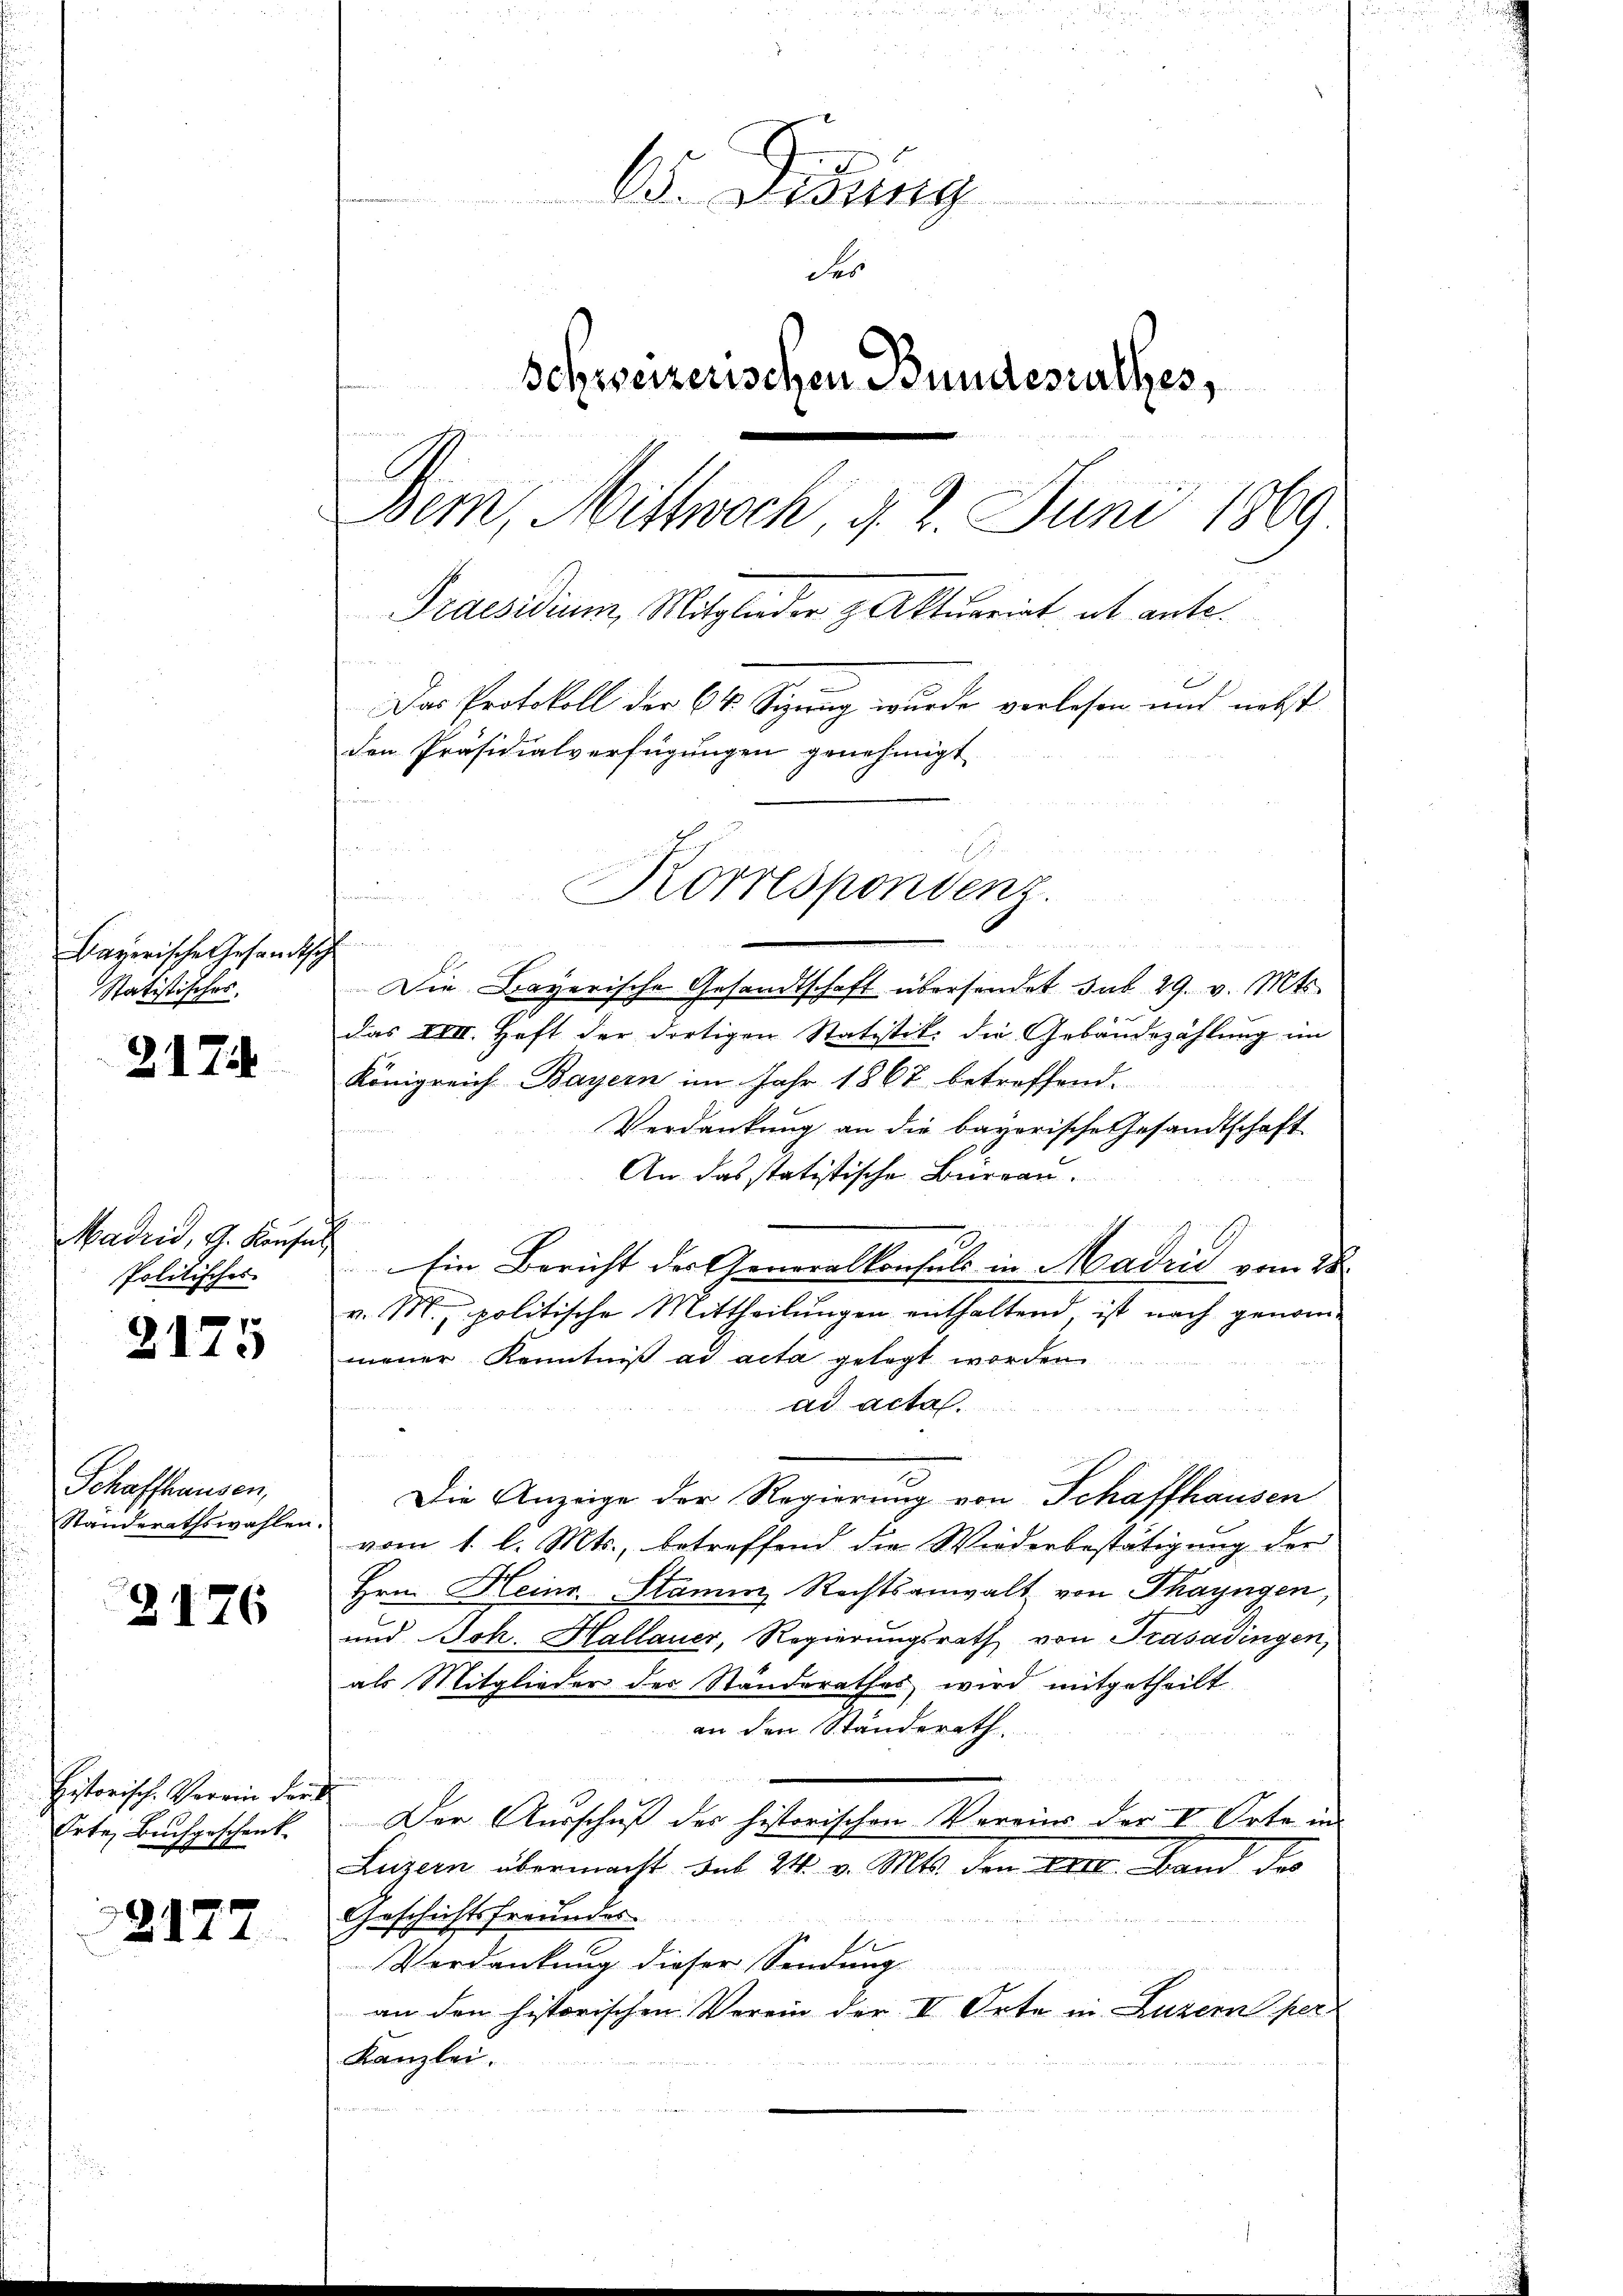
Bayerische Gesandtsch
Statistisches.

2.

7

Madrid, G. Kaufes
Politisches

2175

Schaffhausen,
Standerathswahlen.

2176

Pistorische Verrin der d
Orte Buchgeschenk

2177

65. Didung
, ge
der
Schweizerischen Bundesrathes,
Bem, Mittwoch, d. 2. Juni 1869
Praesidium, Mitglieder z Aktuariat ab ante.
Das Protokoll der 64 Sizung wurde verlesen und nebst
den Präsidialverfügungen genehmigt
24

Korrespondenz.
 seiner die
n
und

Die Bayerische Gesandtschaft übersendet sub 29. v. Mts.
das IVII. Heft der dortigen Statistik die Gebäudezählung im
Königreich Bayern im Jahr 1867 betreffend.
Verdankung an die bayerische Gesandtschaft
An das statistische Bureau.
Ein Bericht der Generalkonsuls in Madrid vom 28.
v. M., politische Mittheilungen enthaltend ist nach genom-
mener Kenntniß ad acta gelegt worden
ad acta.
Die Anzeige der Regierung von Schaffhausen
vom 1. l. Mts., betreffend die Wiederbestätigung der
Hrn. Heinr. Stamm Rechtsanwalt von Thayngen,
und Joh. Hallauer, Regierungsrath von Trasadingen,
als Mitglieder des Standerathes, wird mitgetheilt
an den Ständerath
Der Ausschuß des historischen Vereins der V. Orte in
Luzern übermacht sub 24. v. Mts. den Art. Band des
Geschichtsfreundes
.
Verdankung dieser Sendung
an den historischen Verein der II Orte in Luzern per-
Kanzlei.